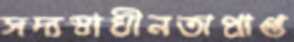
সদ্যস্বাধীনতাপ্রাপ্ত